Bréfritari: Sigríður Pálsdóttir
Viðtakandi: Páll Pálsson
Dagsetning: A-1857-01-11
Skrifað á: Hraungerði  Árn.
Páll var bróðir Sigríðar

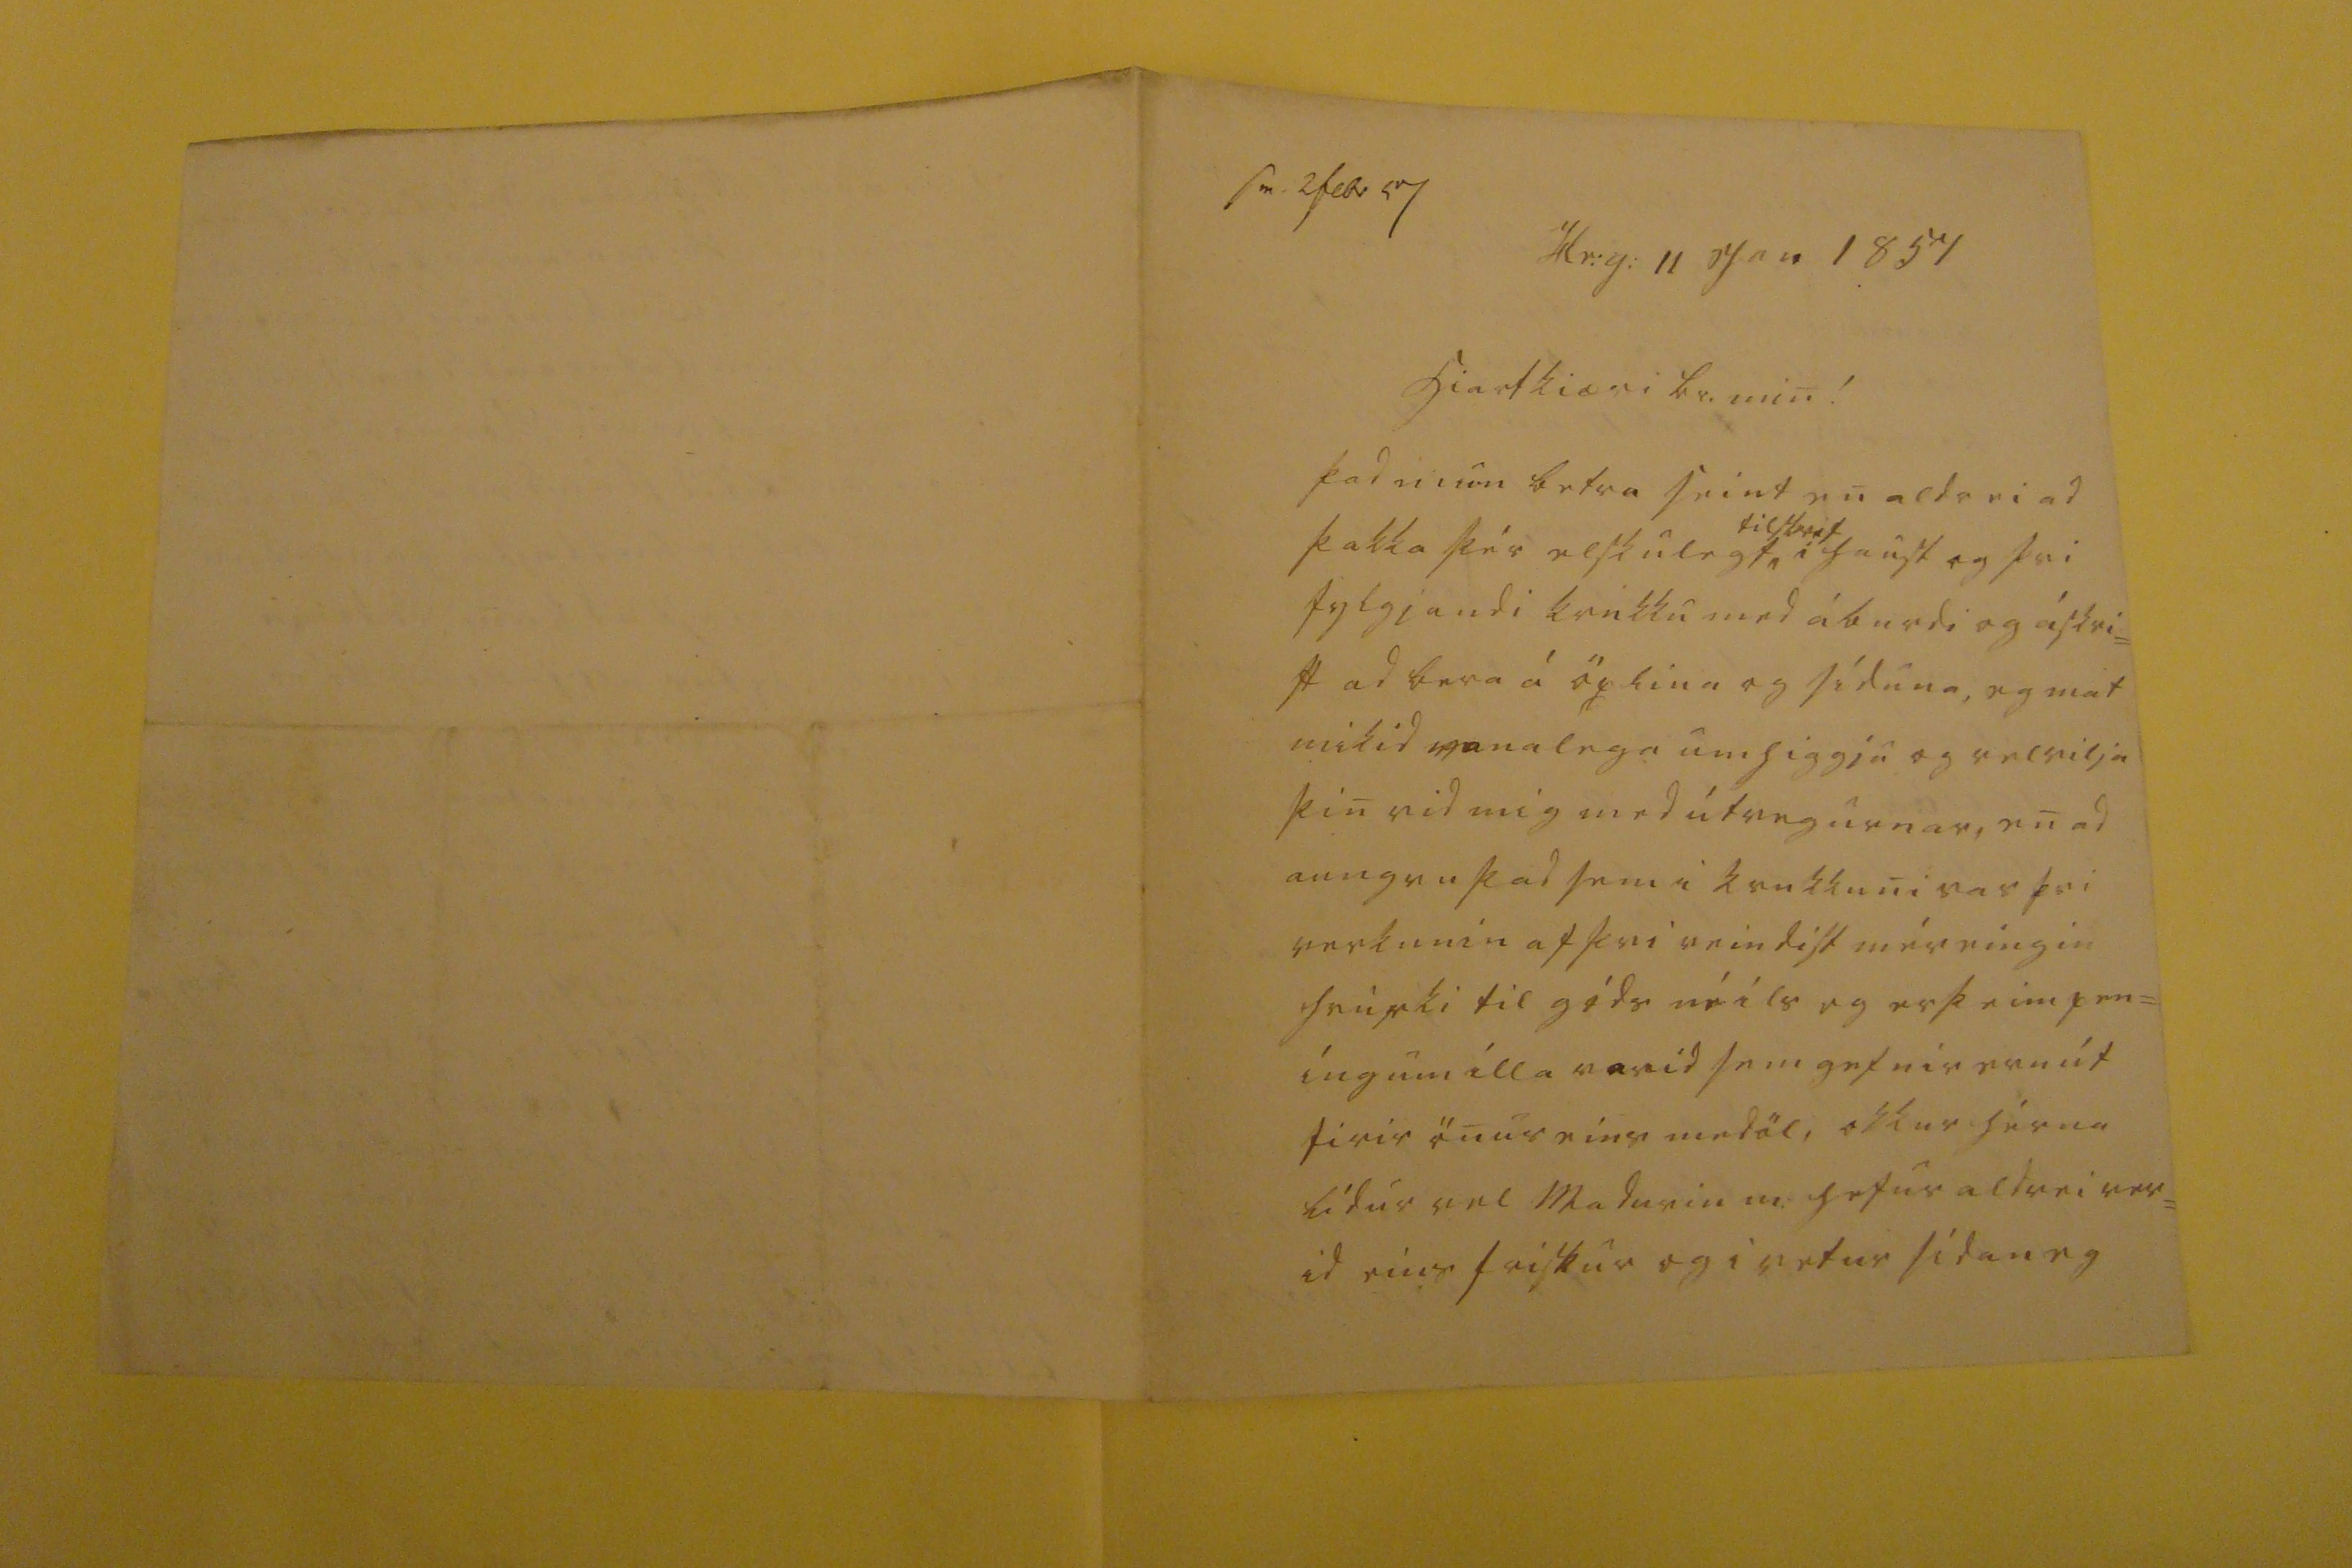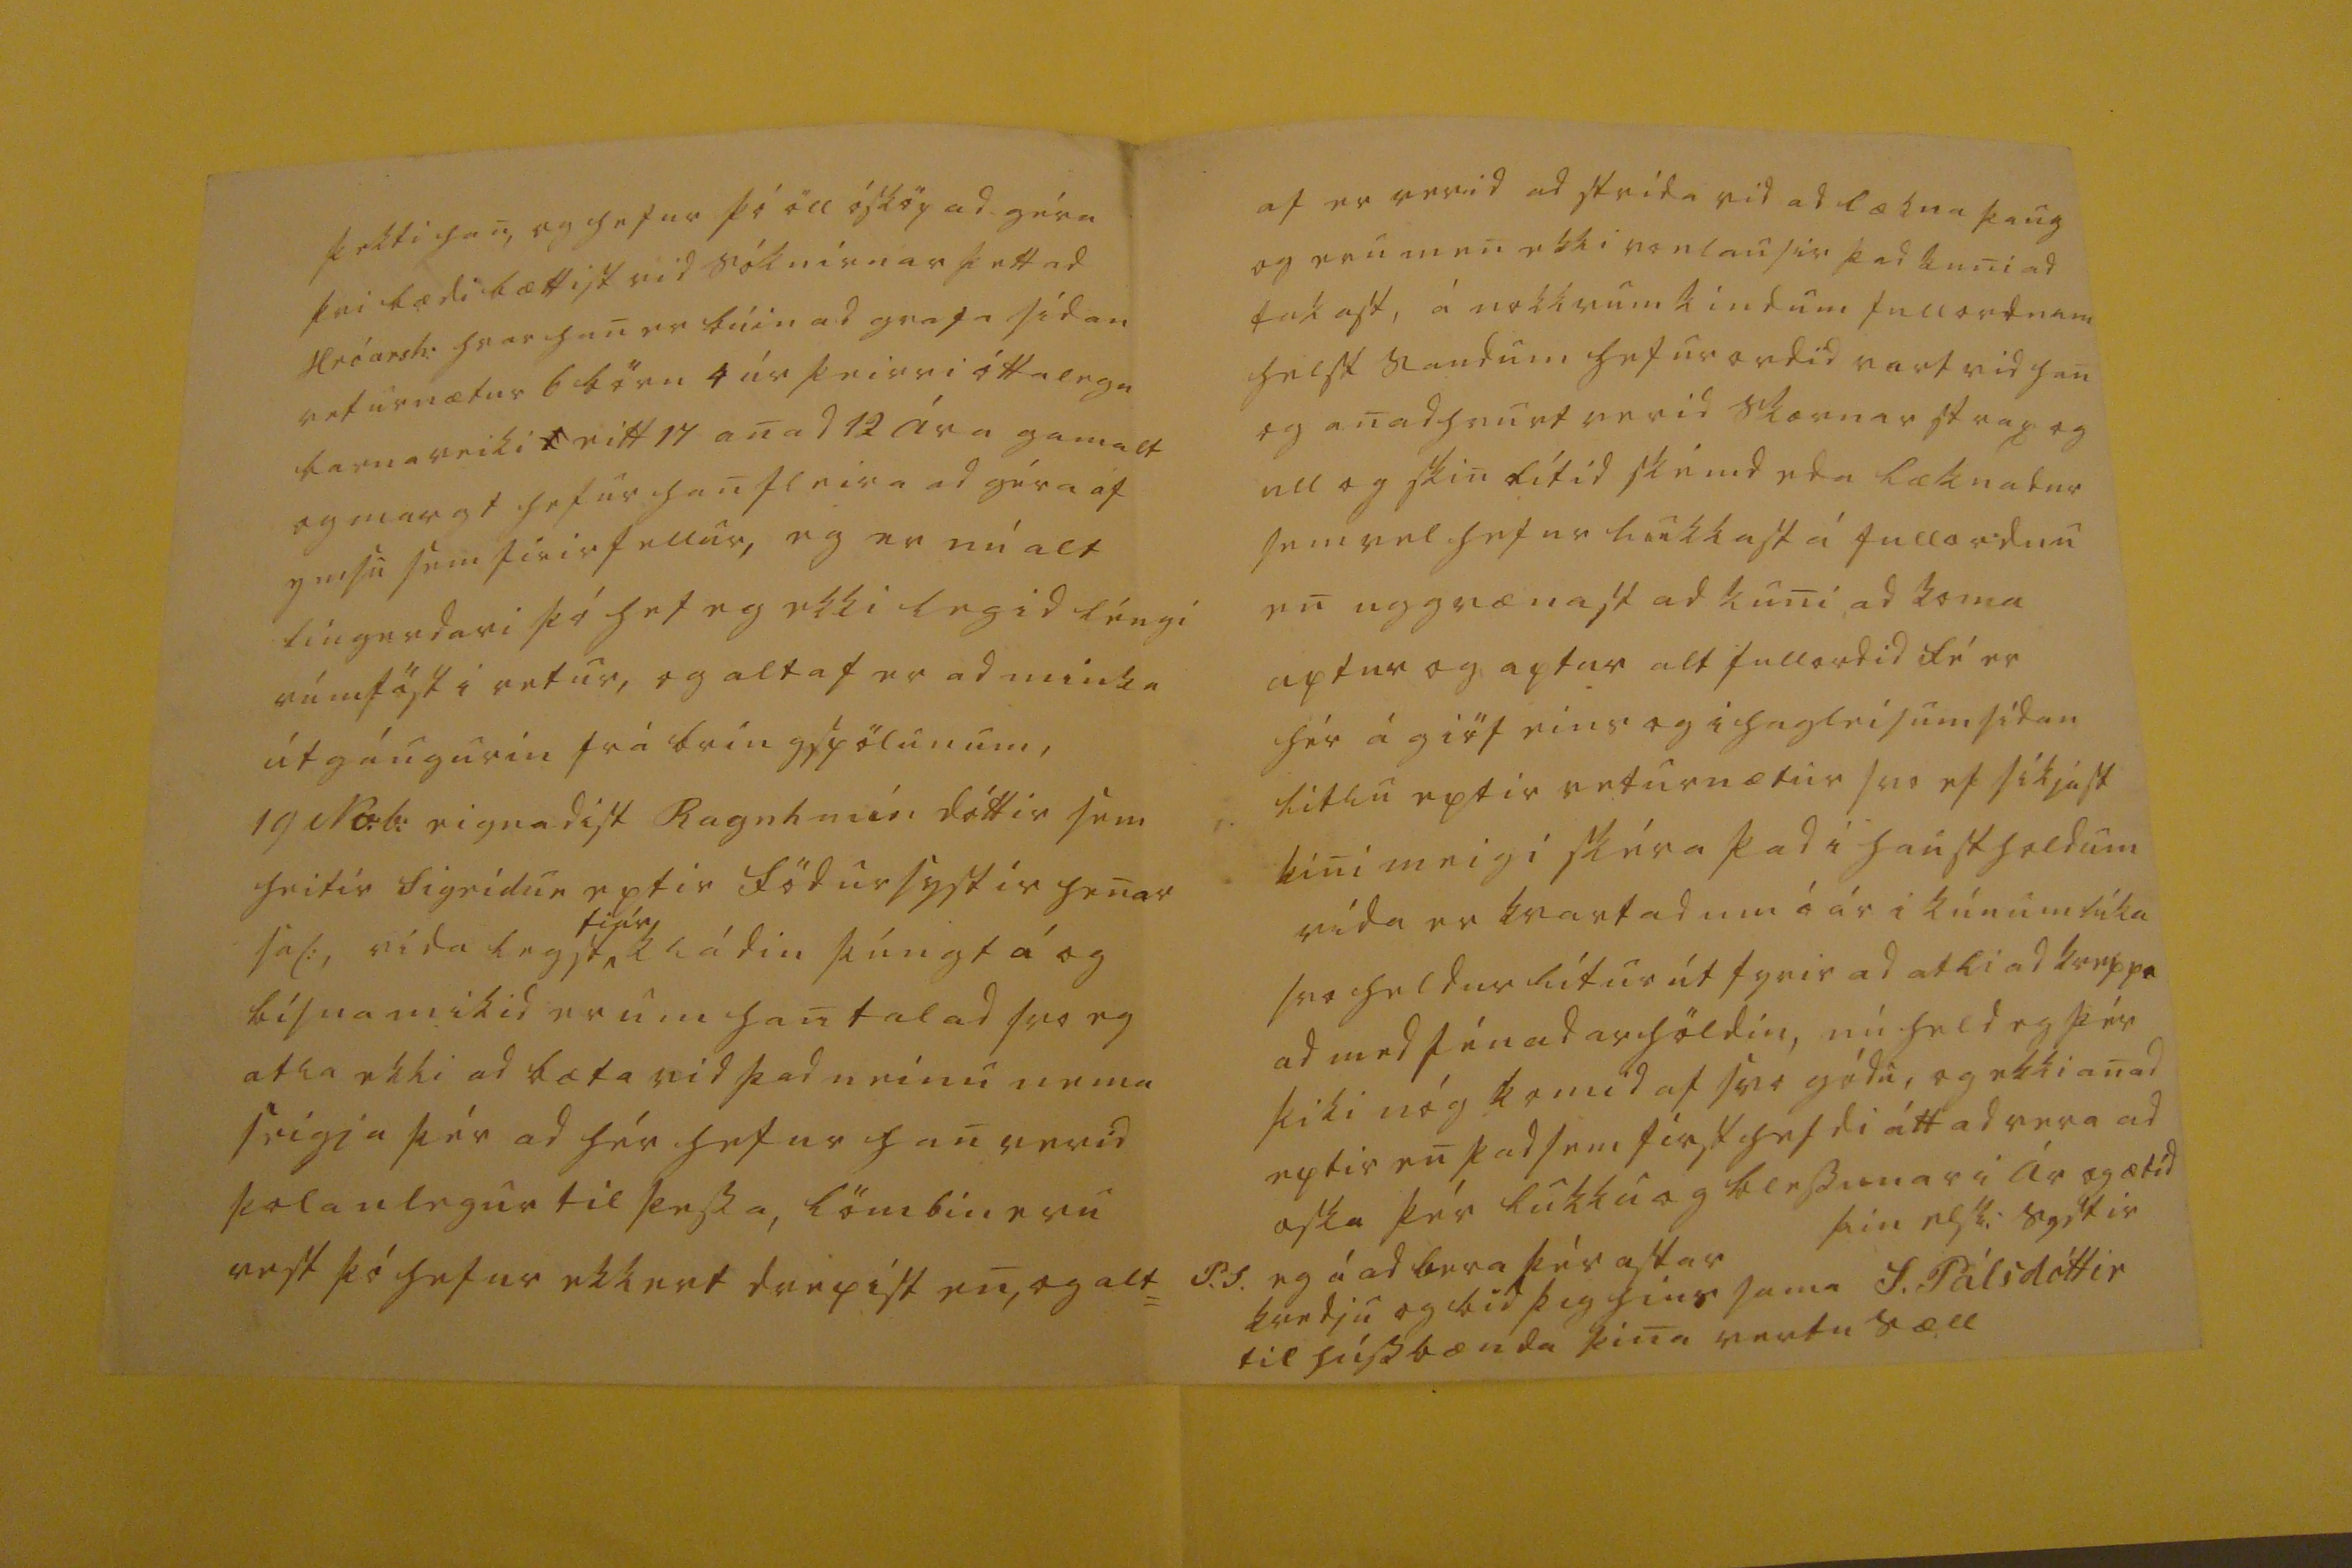

sv. 2 febr 57
Hr:g: 11 Jan 1857
Hiartkiæri br. min!
Þad
mun
beta seint en aldrei ad þakka þér elskulegt,
tilskrif
í haust og þvi fylgjandi krukku med áburdi og áskri= ft ad bera á öxlina og síduna, eg matmikid vanalega umhiggju og velvilja þin vid mig med útvegurnar, en ad aungvu þad sem i krukkuni var þvi verkunin af þvi reindist mér eingin hvurki til góds né ils eg er þeim pen= íngum illa varid sem gefnir eru út firir önur eins medöl, okkur hérna lídur vel madurin m: hefur aldrei ver= id eins friskur og i vetur sidan eg
þekti han, og hefur þó öll ósköp ad géra þvi bædi bættist vid sóknirnar þettad Hróarsh: hvar han er búin ad grafa sidan veturnætur 6 börn 4 úr þeirri óttalegu barnaveiki
0
eitt 14 anad 12 ára gamalt og margt hefur han fleira ad géra af ymsu sem firir fellur, eg er nú alt lingerdari þó hef eg ekki legid léngi rúmföst i vetur, og altaf er ad minka útgángurin frá bringspölunum, 19 No:b: eignadist Ragnh mín dóttir sem heitir Sigrídur eptir födur systir henar sal:, vida legst,
fiár
kládin
þúngt á og bísna mikid er um han talad svo eg atla ekki ad bæta vid þad neinu nema seigja þér ad hér hefur han verid þolanlegur til þessa, lömbin eru vest þó hefur ekkert drepist en, og alt=
af er verid ad skrida vid ad lækna þaug og eru men ekki vonlausir þad kuni ad takast, á nokkrum kindum fullordnum helst saudum hefur ordid vart vid han og anadhvurt verid skornar strax og ull og skin lítid skémd eda læknadur sem vel hefur lukkast á fullordnu en uggvænast ad kuni ad koma aptur og aptur alt fullordid fé er hér á giöf eins og i hagleisum sidan litlu eptir veturnætur svo ef sikjast kini meigi skéra þad i haustholdum vida er kvartad um á ár i kúnum líka svo heldur lítur út fyrir ad atli ad kreppa ad med fénadarhöldin, nú held eg þér þiki nóg komid af svo gódu, og ekki anad eptir en þad sem first hefdi átt ad vera ad oska þér lukku og blessunar i Ár og ætíd
þin elski systir
S. Pálsdóttir
P.S. eg á ad bera þér astar kvedju og bid þig hins sama til hússbænda þina vertu sæll